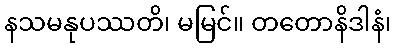
နသမနုပဿတိ၊ မမြင်။ တတောနိဒါနံ၊